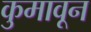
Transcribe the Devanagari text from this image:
कुमावून